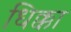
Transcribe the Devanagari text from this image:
धिक्का